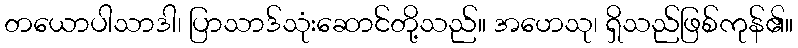
တယောပါသာဒါ၊ ပြာသာဒ်သုံးဆောင်တို့သည်။ အဟေသု၊ ရှိသည်ဖြစ်ကုန်၏။